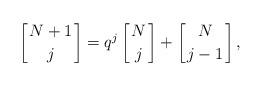
LaTeX: \begin{align*}\left[{N+1\atop j}\right] = q^j\left[{N\atop j}\right]+\left[{N\atop j-1}\right], \end{align*}